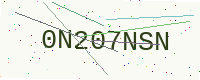
Text: 0N207NSN